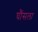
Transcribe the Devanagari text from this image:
घौंसला